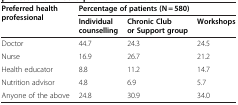
<table><thead><tr><td><b>Preferred health professional</b></td><td colspan="3"><b>Percentage of patients (N = 580)</b></td></tr><tr><td><b> </b></td><td><b>Individual counselling</b></td><td><b>Chronic Club or Support group</b></td><td><b>Workshops</b></td></tr></thead><tbody><tr><td>Doctor</td><td>44.7</td><td>24.3</td><td>24.5</td></tr><tr><td>Nurse</td><td>16.9</td><td>26.7</td><td>21.2</td></tr><tr><td>Health educator</td><td>8.8</td><td>11.2</td><td>14.7</td></tr><tr><td>Nutrition advisor</td><td>4.8</td><td>6.9</td><td>5.7</td></tr><tr><td>Anyone of the above</td><td>24.8</td><td>30.9</td><td>34.0</td></tr></tbody></table>